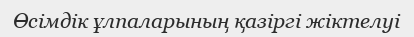
Өсімдік ұлпаларының қазіргі жіктелуі